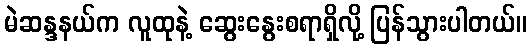
မဲဆန္ဒနယ်က လူထုနဲ့ ဆွေးနွေးစရာရှိလို့ ပြန်သွားပါတယ်။